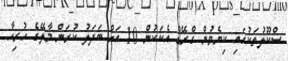
ސްކޫލުތަކުގައި ކިޔެވުން ގްރޭޑް އެކަކުން 10 އަށް ބަދަލު ކުރަން މާލޭގެ ހުރިހާ